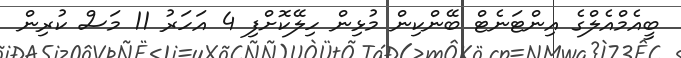
ބީއެމްއެލްގެ އިންޓަނެޓް ބޭންކިން މުޅިން ހިލޭކޮށްފި 4 އަހަރު 11 މަސް ކުރިން